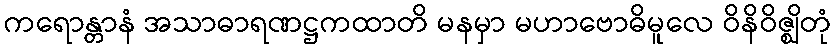
ကရောန္တာနံ အသာဓာရဏဋ္ဌကထာတိ မနမှာ မဟာဗောဓိမူလေ ဝိနိဝိဇ္ဈိတုံ